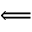
\Longleftarrow